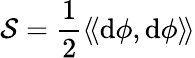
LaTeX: {\mathcal{S}}={\frac{1}{2}}\langle\! \langle\mathrm{d}\phi,\mathrm{d}\phi\rangle\! \rangle